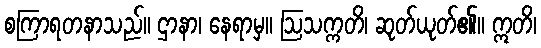
စကြာရတနာသည်။ ဌာနာ၊ နေရာမှ။ ဩသက္ကတိ၊ ဆုတ်ယုတ်၏။ ဣတိ၊